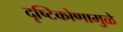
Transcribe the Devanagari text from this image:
दृष्टिकोणामुळे